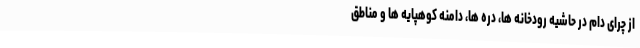
از چرای دام در حاشیه رودخانه ها، دره ها، دامنه کوهپایه ها و مناطق